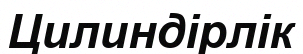
Цилиндірлік